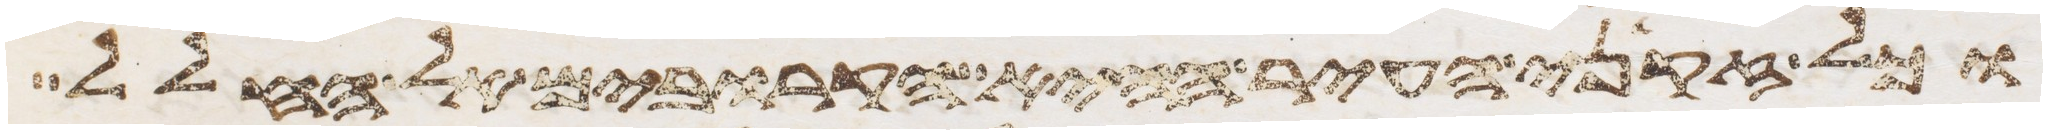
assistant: וכל זקני העיר הקרובים אל החלל